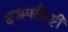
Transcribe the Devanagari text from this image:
वनस्पतीसृष्टी